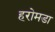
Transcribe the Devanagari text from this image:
हरोमडा